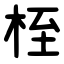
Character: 桎